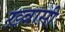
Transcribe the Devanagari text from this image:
ख़्वासी